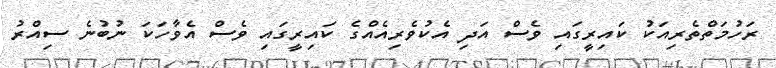
ރަހުމަތްތެރިއަކު ކައިރީގައި ވެސް އަދި އެކުވެރިއެއްގެ ކައިރީގައި ވެސް އެވާހަކަ ނުބުނެ ސިއްރު